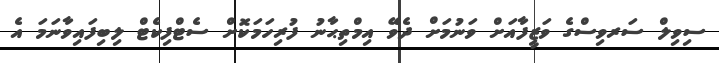
ސިވިލް ސަރވިސްގެ ވަޒީފާއަށް ވަނުމަށް ދެވޭ އިމްތިޙާނު ފުރިހަމަކޮށް ސެޓްފިކެޓް ލިބިފައިވާނަމަ އެ